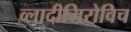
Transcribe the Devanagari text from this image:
व्लादीमिरोविच